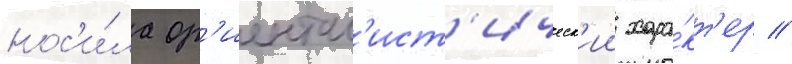
нос'и́ла ор'иентал'ист'ическ'ии хара́кт'ер //